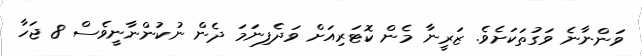
ވަންނާނެ ވަގުތަކަށެވެ. ޒަރީނާ މެން ކޮޓަރިއަށް ވަދެފިނަމަ ދެން ނުކުންނާނީވެސް 8 ޖަހާ